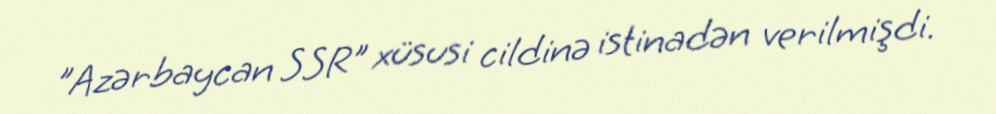
"Azərbaycan SSR" xüsusi cildinə istinadən verilmişdi.